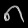
Digit: ၈